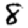
Digit: 8